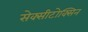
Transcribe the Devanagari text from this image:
सेक्सीटोक्सिन